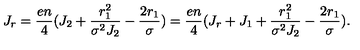
J _ { r } = { \frac { e n } { 4 } } ( J _ { 2 } + { \frac { r _ { 1 } ^ { 2 } } { \sigma ^ { 2 } J _ { 2 } } } - { \frac { 2 r _ { 1 } } { \sigma } } ) = { \frac { e n } { 4 } } ( J _ { r } + J _ { 1 } + { \frac { r _ { 1 } ^ { 2 } } { \sigma ^ { 2 } J _ { 2 } } } - { \frac { 2 r _ { 1 } } { \sigma } } ) .